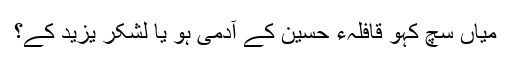
میاں سچ کہو قافلہء حسین کے آدمی ہو یا لشکرِ یزید کے؟